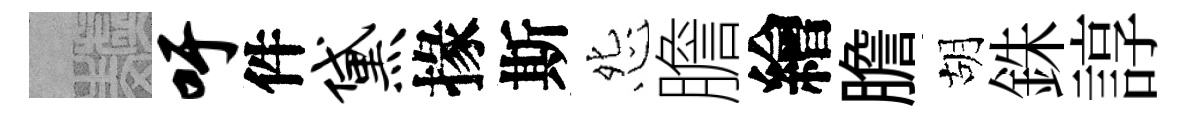
熙吁件黛掾斯怨膽繪膽胡銖諄